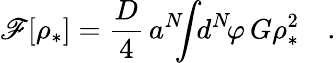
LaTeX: {\cal\mathscr{F}}[\rho_{*}]={\frac{{D}}{{4}}}\, a^{N}\! \! \! \int\! \! d^{N}\! \varphi\, G\rho_{*}^{2}\quad.